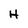
Character: H